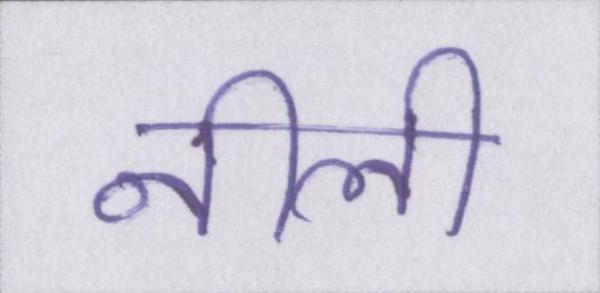
नीली